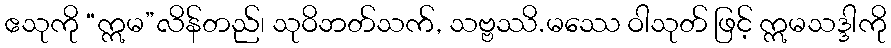
ဧသုကို “ဣမ”လိန်တည်၊ သုဝိဘတ်သက်, သဗ္ဗဿိ.မဿေ ဝါသုတ် ဖြင့် ဣမသဒ္ဒါကို